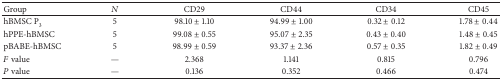
<table><thead><tr><td><b>Group</b></td><td><b><i>N</i></b></td><td><b>CD29</b></td><td><b>CD44</b></td><td><b>CD34</b></td><td><b>CD45</b></td></tr></thead><tbody><tr><td>hBMSC P<sub>3</sub></td><td>5</td><td>98.10 ± 1.10</td><td>94.99 ± 1.00</td><td>0.32 ± 0.12</td><td>1.78 ± 0.44</td></tr><tr><td>hPPE-hBMSC</td><td>5</td><td>99.08 ± 0.55</td><td>95.07 ± 2.35</td><td>0.43 ± 0.40</td><td>1.48 ± 0.45</td></tr><tr><td>pBABE-hBMSC</td><td>5</td><td>98.99 ± 0.59</td><td>93.37 ± 2.36</td><td>0.57 ± 0.35</td><td>1.82 ± 0.49</td></tr><tr><td><i>F</i> value</td><td>—</td><td>2.368</td><td>1.141</td><td>0.815</td><td>0.796</td></tr><tr><td><i>P</i> value</td><td>—</td><td>0.136</td><td>0.352</td><td>0.466</td><td>0.474</td></tr></tbody></table>